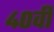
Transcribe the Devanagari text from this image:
४०वी